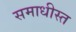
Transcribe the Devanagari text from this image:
समाधीस्त